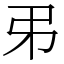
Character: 𢎨